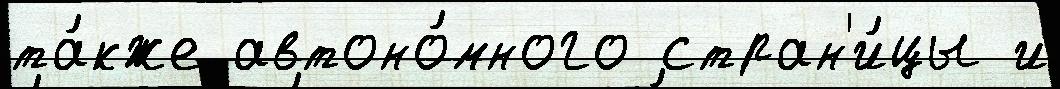
та́кже автоно́много стран'и́цы и